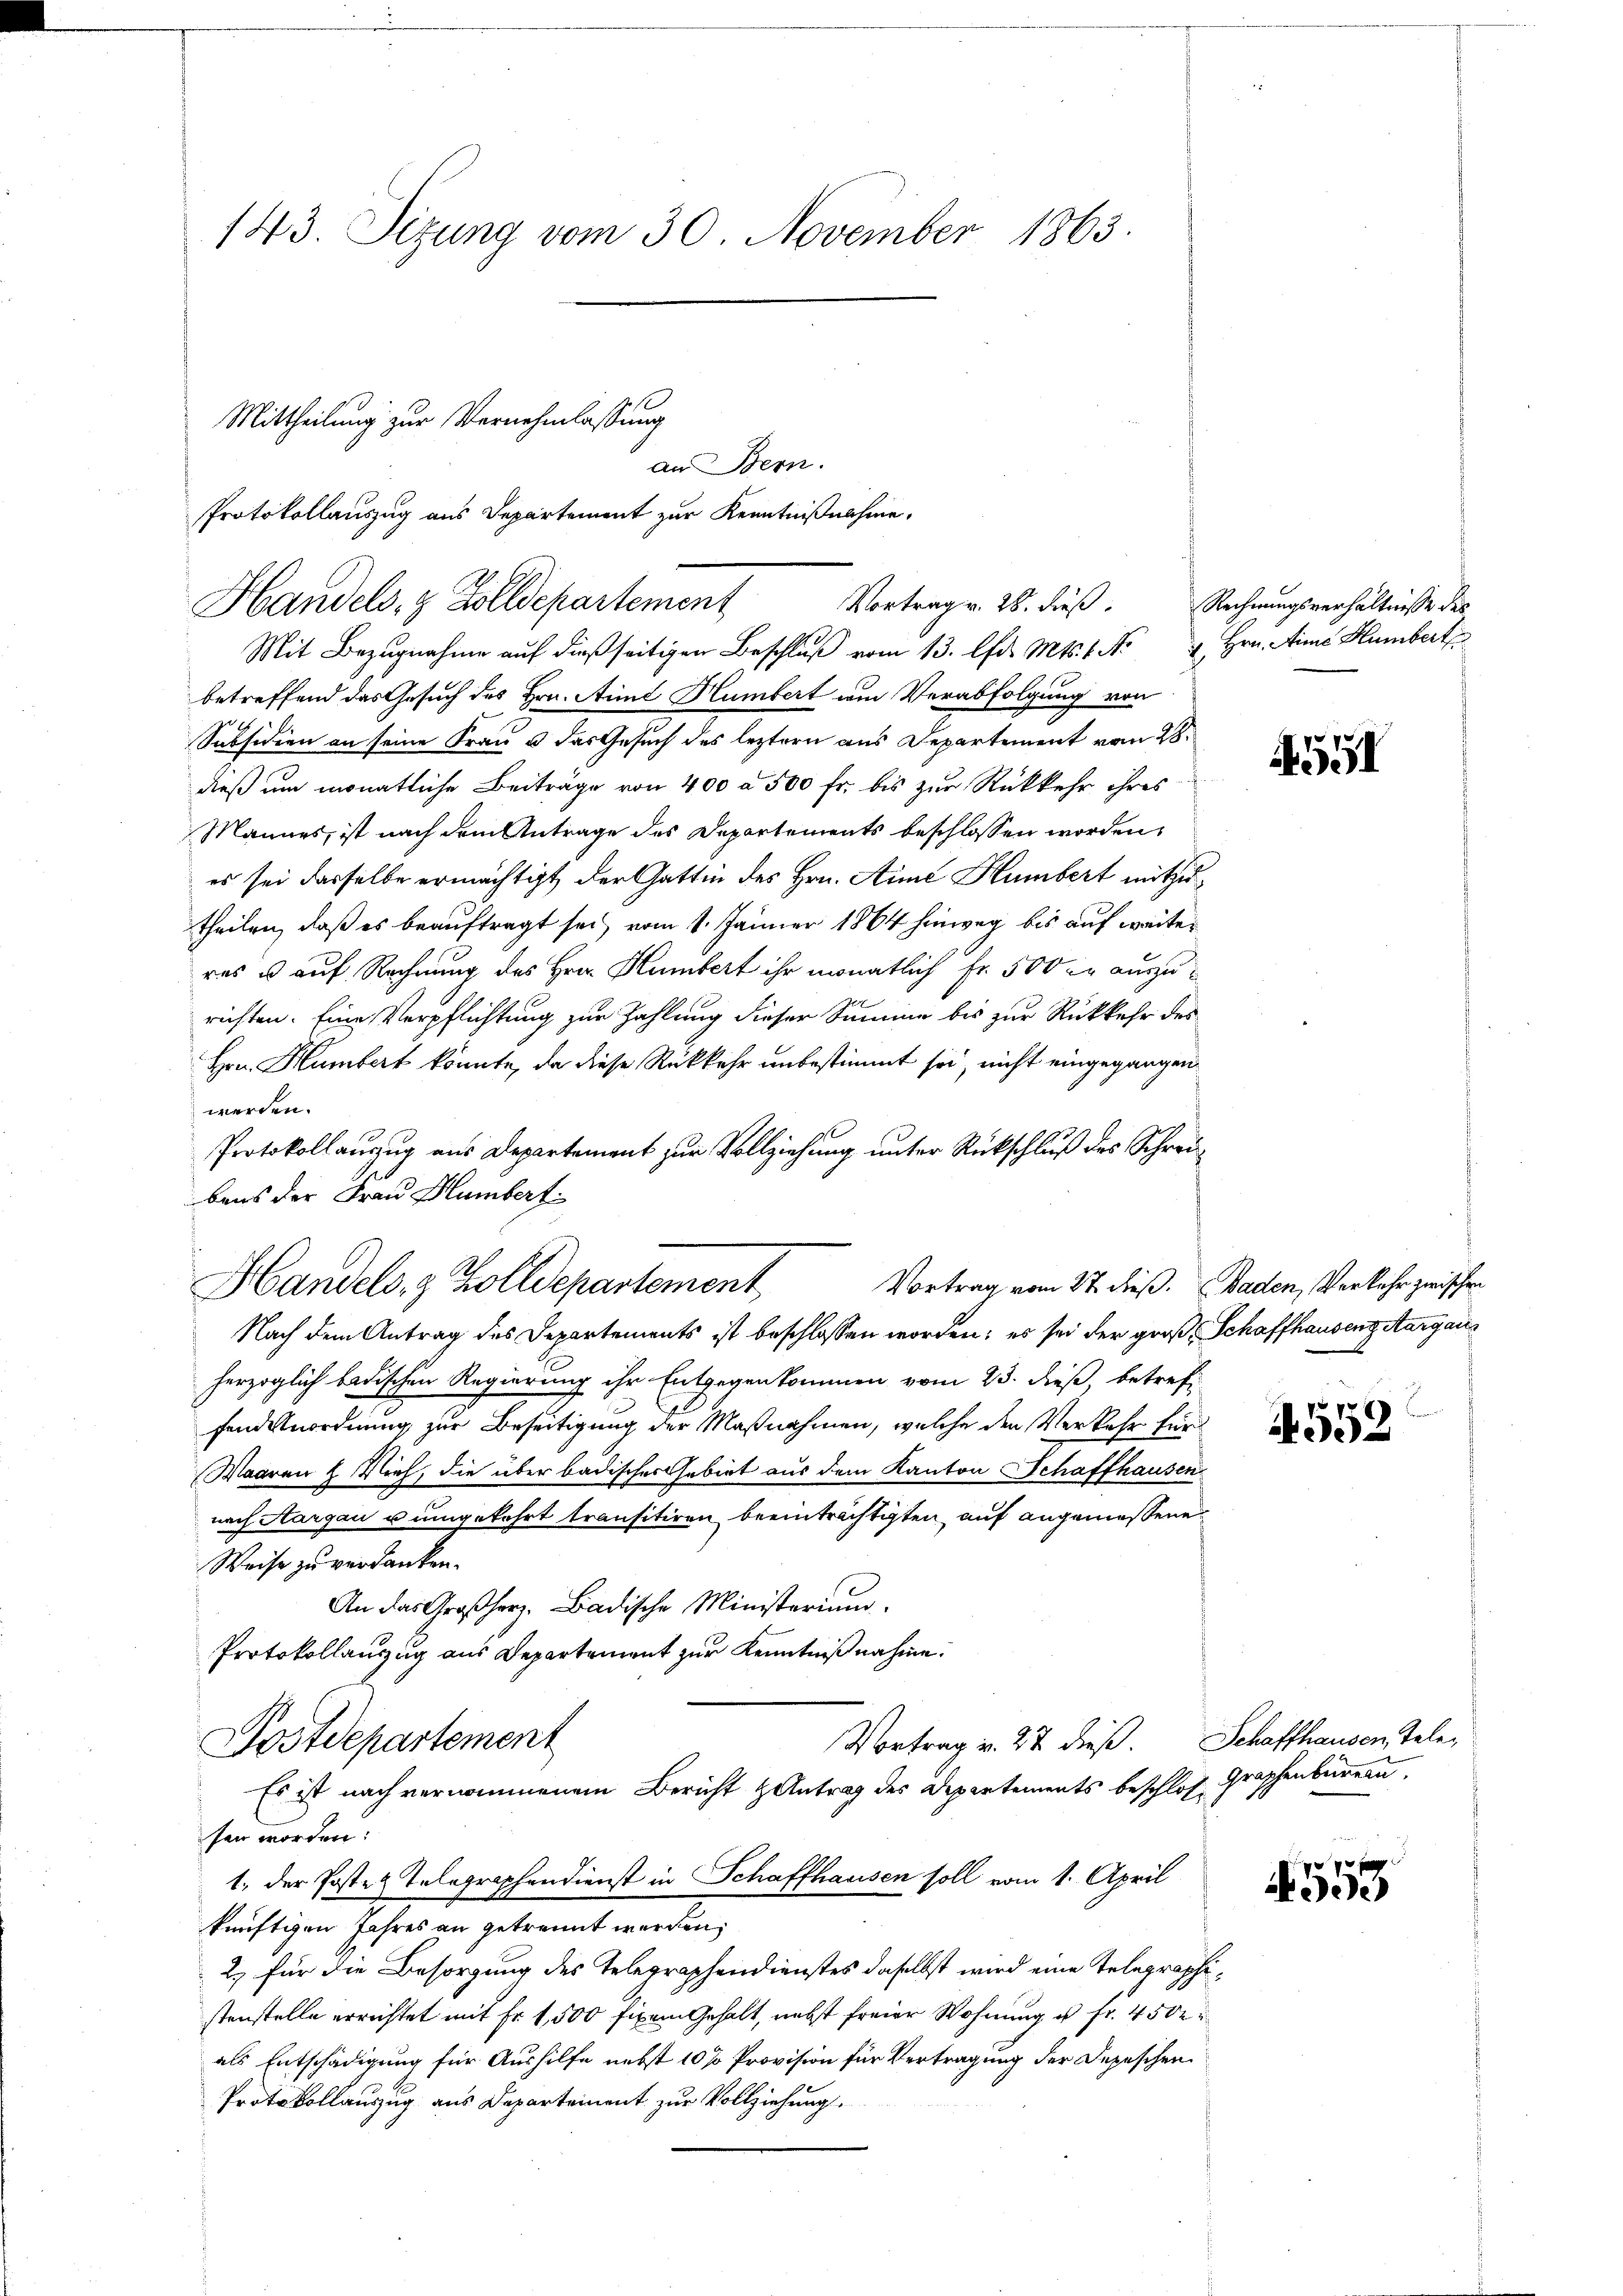
143. Sizung vom 30. November 1863.

an Bern.
Protokollauszug aus Departement zur Kenntnißnahme.

Mittheilung zur Vernehmlassung

Handels- & Zolldepartement
Vortrag v. 28. dieß. Rechnungsverhältnisse des

Mit Bezugnahme auf dießseitigen Beschlŭβ vom 13. lfd. Mts. 1. No 2 Hrn. Arme Humbert
betreffend das Gesuch des Hrn. Stimmt Humbert um Verabfolgung von
Subsidien an seine Frau & das Gesuch des leztern aus Departement vom 28.
dieß um monatliche Beiträge von 400 à 500 fr., bis zur Rückkehr ihres
Mannes, ist nach dem Antrage des Departements beschlossen worden,
es sei dasselbe ermächtigt, der Gattin des Hrn. Sime Humbert mitzutheilen, daß es beauftragt sei, vom 1. Jänner 1864 hinweg bis auf weiteras u. auf Rechnung des Hrn. Humbert ihr monatlich Fr. 500 er auszurichten. Eine Verpflichtung zur Zahlung dieser Summe bis zur Rückkehr des
Hrn. Humbert konnte, da diese Rückkehr unbestimmt sei, nicht eingegangen.
werden.
Protokollanzug aus Departement zur Vollziehung unter Rückschluß des Schreibaus der Frau Humbert.
Nach dem Antrag des Departements ist beschlossen worden; es sei der große Schaffhausenz Aargauherzoglich badischen Regierung ihr Entgegenkommen vom 23. dieß, betreff
Fonds nordnung zur Beseitigung der Maßnahmen, welche den Verkehr für
Waaren H. Vieh, die über badisches Gebiet aus dem Kanton Schaffhausen
nach Aargau u umgekehrt transitiren beeinträchtigten, auf angemessene
Weise zu verdanken.
An das Großherz, Badische Ministerium.
Protokollauszug aus Departement zur Kenntniß nahme.
Vortrag v. 27 dieß. Schaffhausen, Tele¬
Postdepartement
Es ist nach vernommenem Bericht & Antrag des Departements beschloß Graphenbernen.
sen worden:
1. der Posten Telegraphendienst in Schaffhausen soll vom 1. April
künftigen Jahres an getrennt werden;
2.) für die Besorgung des Telegraphendienstes daselbst wird eine Telegraphistenstelle errichtet mit Fr. 1,500 fixen Gehalt, nebst freier Wohnung u. fr. 4502
als Entschädigung für Aushilfe nebst 10 % Provision für Vertragung der Depeschen
Protokollauszug aus Departement zur Vollziehung.

Handels- & Zolldepartement

55

Vortrag vom 27. dieß. Baden, Verkehr zwischen

1552

559